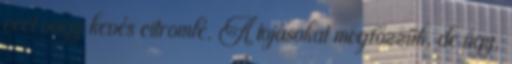
ecet vagy kevés citromlé. A tojásokat megfőzzük, de úgy,